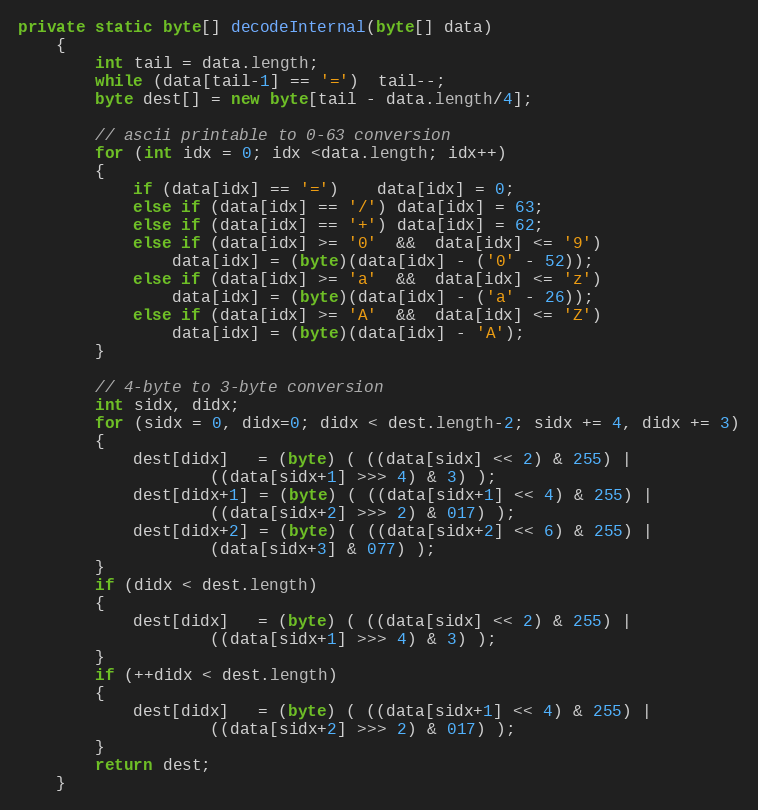
Language: Java
private static byte[] decodeInternal(byte[] data)
    {
        int tail = data.length;
        while (data[tail-1] == '=')  tail--;
        byte dest[] = new byte[tail - data.length/4];

        // ascii printable to 0-63 conversion
        for (int idx = 0; idx <data.length; idx++)
        {
            if (data[idx] == '=')    data[idx] = 0;
            else if (data[idx] == '/') data[idx] = 63;
            else if (data[idx] == '+') data[idx] = 62;
            else if (data[idx] >= '0'  &&  data[idx] <= '9')
                data[idx] = (byte)(data[idx] - ('0' - 52));
            else if (data[idx] >= 'a'  &&  data[idx] <= 'z')
                data[idx] = (byte)(data[idx] - ('a' - 26));
            else if (data[idx] >= 'A'  &&  data[idx] <= 'Z')
                data[idx] = (byte)(data[idx] - 'A');
        }

        // 4-byte to 3-byte conversion
        int sidx, didx;
        for (sidx = 0, didx=0; didx < dest.length-2; sidx += 4, didx += 3)
        {
            dest[didx]   = (byte) ( ((data[sidx] << 2) & 255) |
                    ((data[sidx+1] >>> 4) & 3) );
            dest[didx+1] = (byte) ( ((data[sidx+1] << 4) & 255) |
                    ((data[sidx+2] >>> 2) & 017) );
            dest[didx+2] = (byte) ( ((data[sidx+2] << 6) & 255) |
                    (data[sidx+3] & 077) );
        }
        if (didx < dest.length)
        {
            dest[didx]   = (byte) ( ((data[sidx] << 2) & 255) |
                    ((data[sidx+1] >>> 4) & 3) );
        }
        if (++didx < dest.length)
        {
            dest[didx]   = (byte) ( ((data[sidx+1] << 4) & 255) |
                    ((data[sidx+2] >>> 2) & 017) );
        }
        return dest;
    }